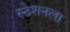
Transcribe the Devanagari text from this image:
स्ठेशनला